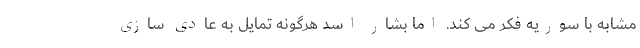
مشابه با سوریه فکر می کند. اما بشار اسد هرگونه تمایل به عادی سازی